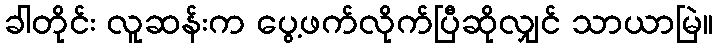
ခါတိုင်း လူဆန်းက ပွေ့ဖက်လိုက်ပြီဆိုလျှင် သာယာမြဲ။